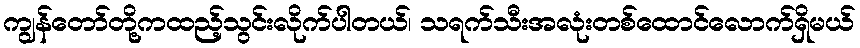
ကျွန်တော်တို့ကထည့်သွင်းလိုက်ပါတယ်၊ သရက်သီးအလုံးတစ်ထောင်လောက်ရှိမယ်